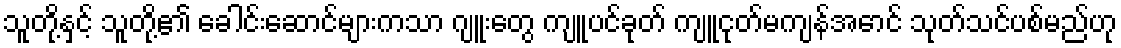
သူတို့နှင့် သူတို့၏ ခေါင်းဆောင်များကသာ ဂျူးတွေ ကျူပင်ခုတ် ကျူငုတ်မကျန်အောင် သုတ်သင်ပစ်မည်ဟု